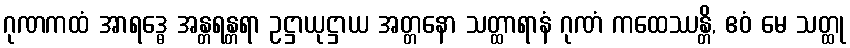
ဂုဏကထံ အာရဒ္ဓေ အန္တရန္တရာ ဥဋ္ဌာယုဋ္ဌာယ အတ္တနော သတ္ထာရာနံ ဂုဏံ ကထေဿန္တိ, ဧဝံ မေ သတ္ထု